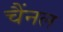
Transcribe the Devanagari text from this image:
चैंनल